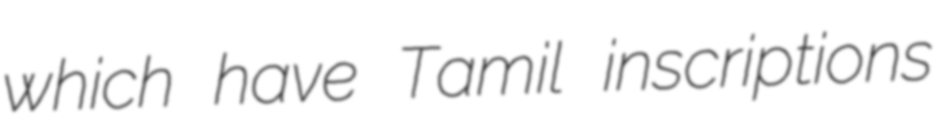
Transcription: which have Tamil inscriptions